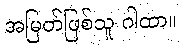
အမြတ်ဖြစ်သူ ဂါထာ။